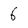
Character: 6